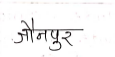
मजकूर: जौनपुर